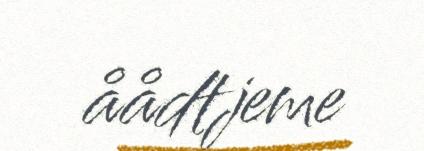
åådtjeme